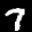
Label: 7